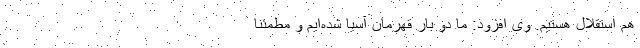
هم استقلال هستیم. وی افزود: ما دو بار قهرمان آسیا شده‌ایم و مطمئنا